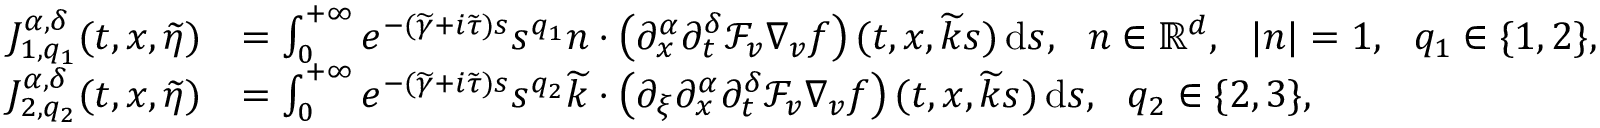
\begin{array} { r l } { J _ { 1 , q _ { 1 } } ^ { \alpha , \delta } ( t , x , \widetilde { \eta } ) } & { = \int _ { 0 } ^ { + \infty } e ^ { - ( \widetilde { \gamma } + i \widetilde { \tau } ) s } s ^ { q _ { 1 } } n \cdot \left( \partial _ { x } ^ { \alpha } \partial _ { t } ^ { \delta } \mathcal { F } _ { v } \nabla _ { v } f \right) ( t , x , \widetilde { k } s ) \, \mathrm { d } s , \ \ n \in \mathbb R ^ { d } , \ \ \vert n \vert = 1 , \ \ q _ { 1 } \in \lbrace 1 , 2 \rbrace , } \\ { J _ { 2 , q _ { 2 } } ^ { \alpha , \delta } ( t , x , \widetilde { \eta } ) } & { = \int _ { 0 } ^ { + \infty } e ^ { - ( \widetilde { \gamma } + i \widetilde { \tau } ) s } s ^ { q _ { 2 } } \widetilde { k } \cdot \left( \partial _ { \xi } \partial _ { x } ^ { \alpha } \partial _ { t } ^ { \delta } \mathcal { F } _ { v } \nabla _ { v } f \right) ( t , x , \widetilde { k } s ) \, \mathrm { d } s , \ \ q _ { 2 } \in \lbrace 2 , 3 \rbrace , } \end{array}